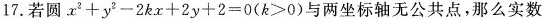
17.若圆$$x ^ { 2 } + y ^ { 2 } - 2 k x + 2 y + 2 = 0 ( k > 0 )$$与两坐标轴无公共点，那么实数